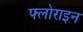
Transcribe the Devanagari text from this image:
फ्लोराइन